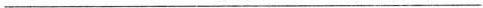
___